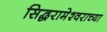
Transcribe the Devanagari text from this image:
सिद्धरामेश्वराच्या